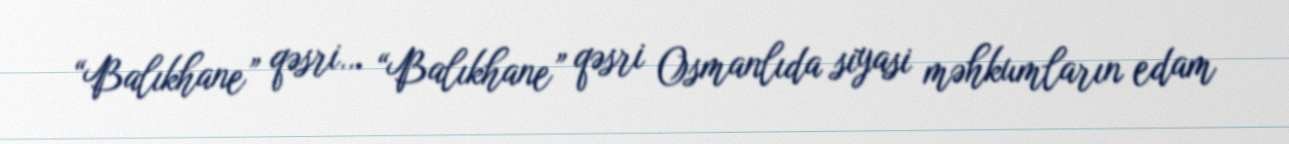
“Balıkhane” qəsri… “Balıkhane” qəsri Osmanlıda siyasi məhkumların edam